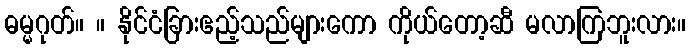
ဓမ္မဂုတ်။ ။ နိုင်ငံခြားဧည့်သည်များကော ကိုယ်တော့ဆီ မလာကြဘူးလား။